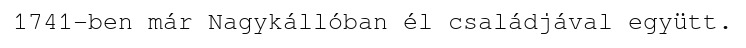
1741-ben már Nagykállóban él családjával együtt.